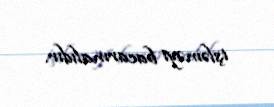
işləməyi bacarmalıdır.